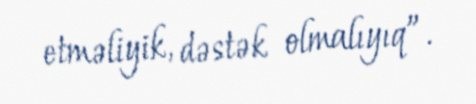
etməliyik, dəstək olmalıyıq”.